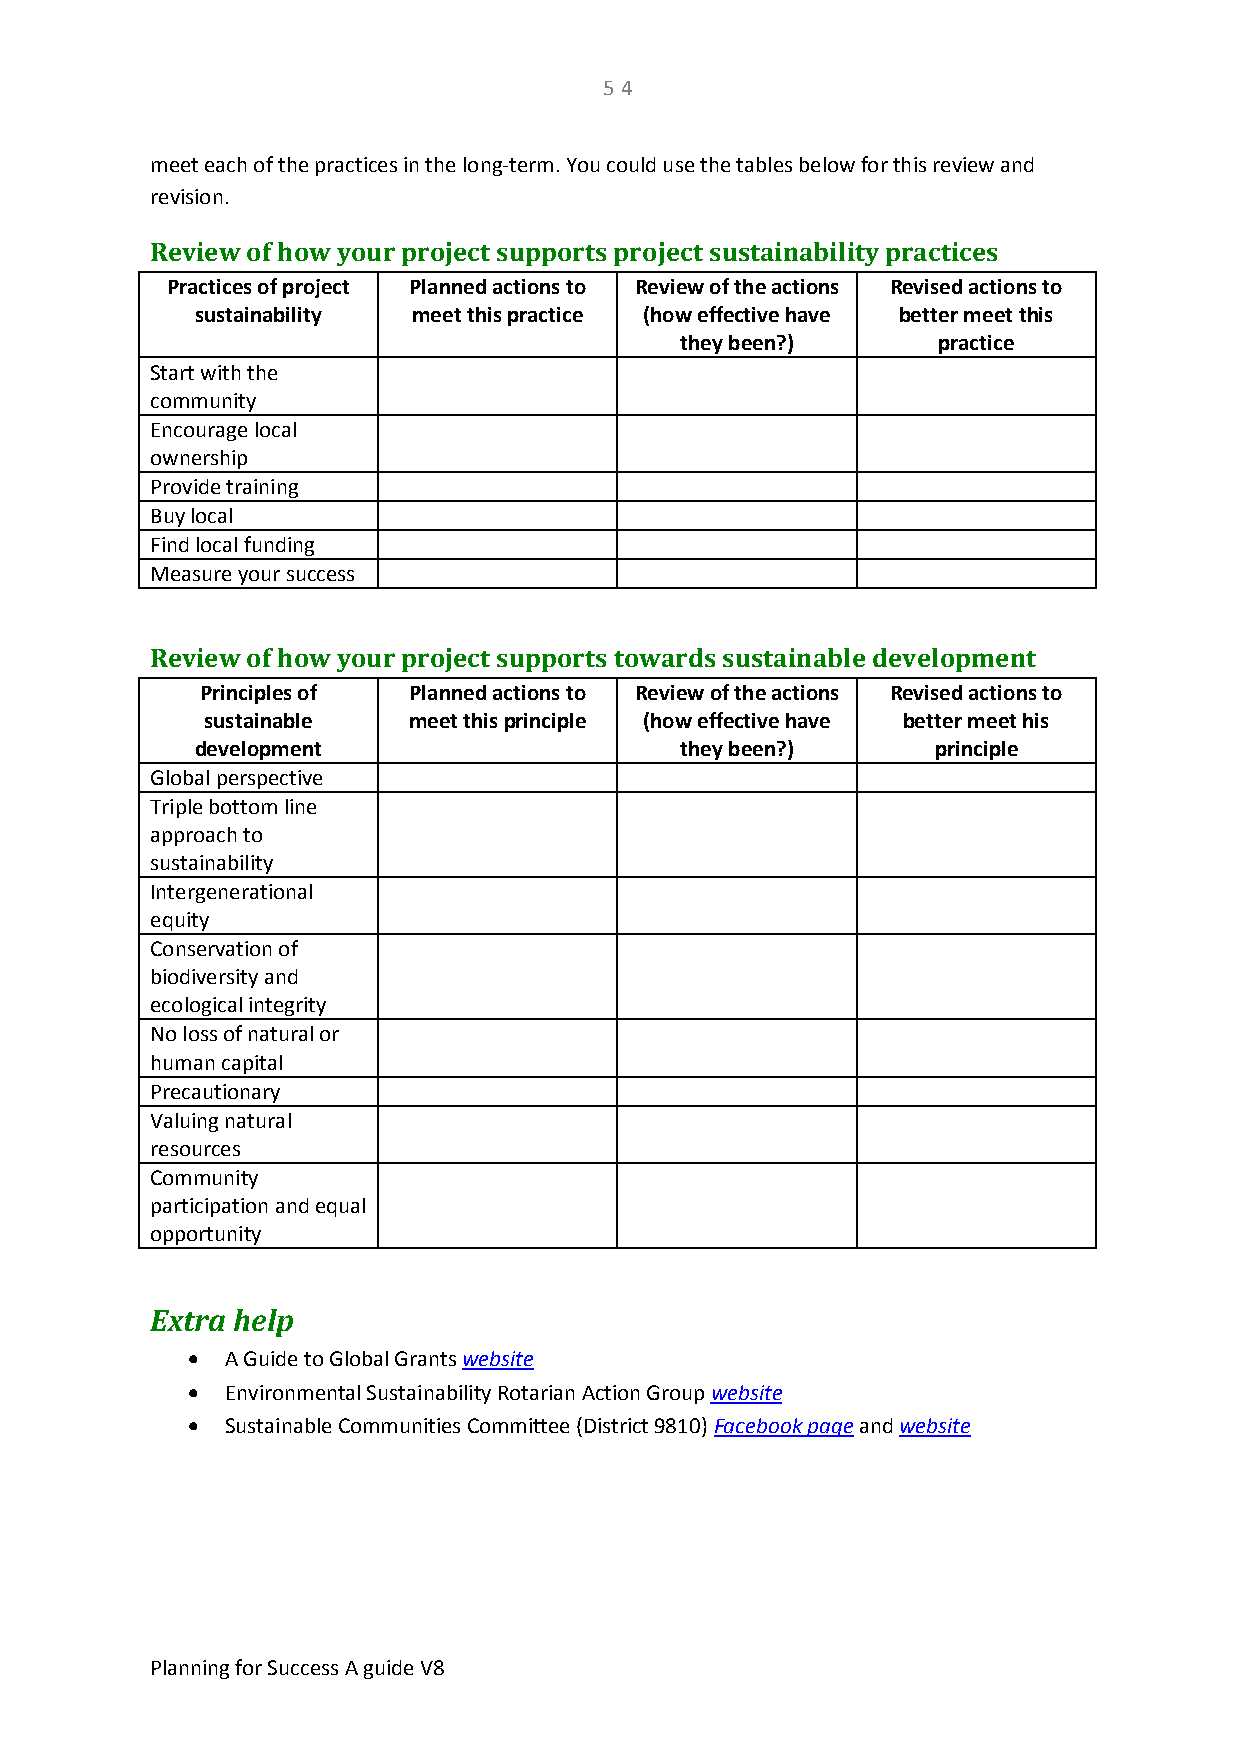
5 4
 meet each of the practices in the long-term. You could use the tables below for this review and
 revision.
 Review of how your project supports project sustainability practices
 Practices of project Planned actions to Review of the actions Revised actions to
 sustainability meet this practice (how effective have better meet this
 they been?)      practice
 Start with the
 community
 Encourage local
 ownership
 Provide training
 Buy local
 Find local funding
 Measure your success
 Review of how your project supports towards sustainable development
 Principles of Planned actions to Review of the actions Revised actions to
 sustainable   meet this principle (how effective have better meet his
 development                     they been?)      principle
 Global perspective
 Triple bottom line
 approach to
 sustainability
 Intergenerational
 equity
 Conservation of
 biodiversity and
 ecological integrity
 No loss of natural or
 human capital
 Precautionary
 Valuing natural
 resources
 Community
 participation and equal
 opportunity
 Extra help
   A Guide to Global Grants website
   Environmental Sustainability Rotarian Action Group website
   Sustainable Communities Committee (District 9810) Facebook page and website
 Planning for Success A guide V8